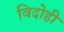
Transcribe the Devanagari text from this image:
विदोही